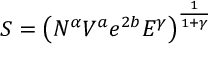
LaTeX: S = \left( N ^ { \alpha } V ^ { a } e ^ { 2 b } E ^ { \gamma } \right) ^ { \frac { 1 } { 1 + \gamma } }